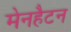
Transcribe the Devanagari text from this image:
मेनहैटन